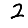
Digit: 2